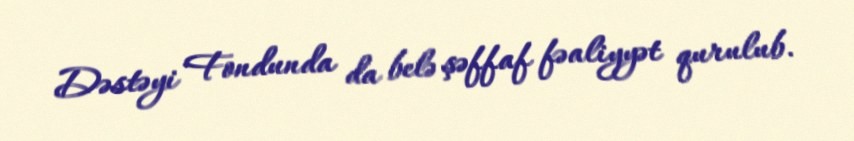
Dəstəyi Fondunda da belə şəffaf fəaliyyət qurulub.